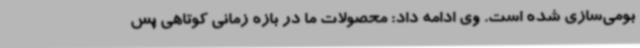
بومی‌سازی شده است. وی ادامه داد: محصولات ما در بازه زمانی کوتاهی پس